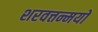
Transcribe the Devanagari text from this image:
शरवत्तन्मयो